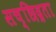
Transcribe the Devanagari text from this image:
सच्छिद्रता